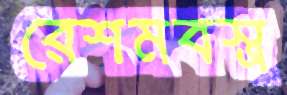
রেশমবস্ত্র